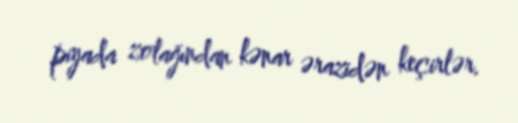
piyada zolağından kənar ərazidən keçirlər.